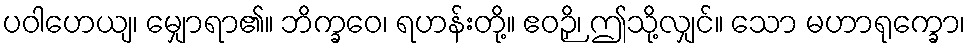
ပဝါဟေယျ၊ မျှောရာ၏။ ဘိက္ခဝေ၊ ရဟန်းတို့။ ဧဝဉှိ၊ ဤသို့လျှင်။ သော မဟာရုက္ခော၊